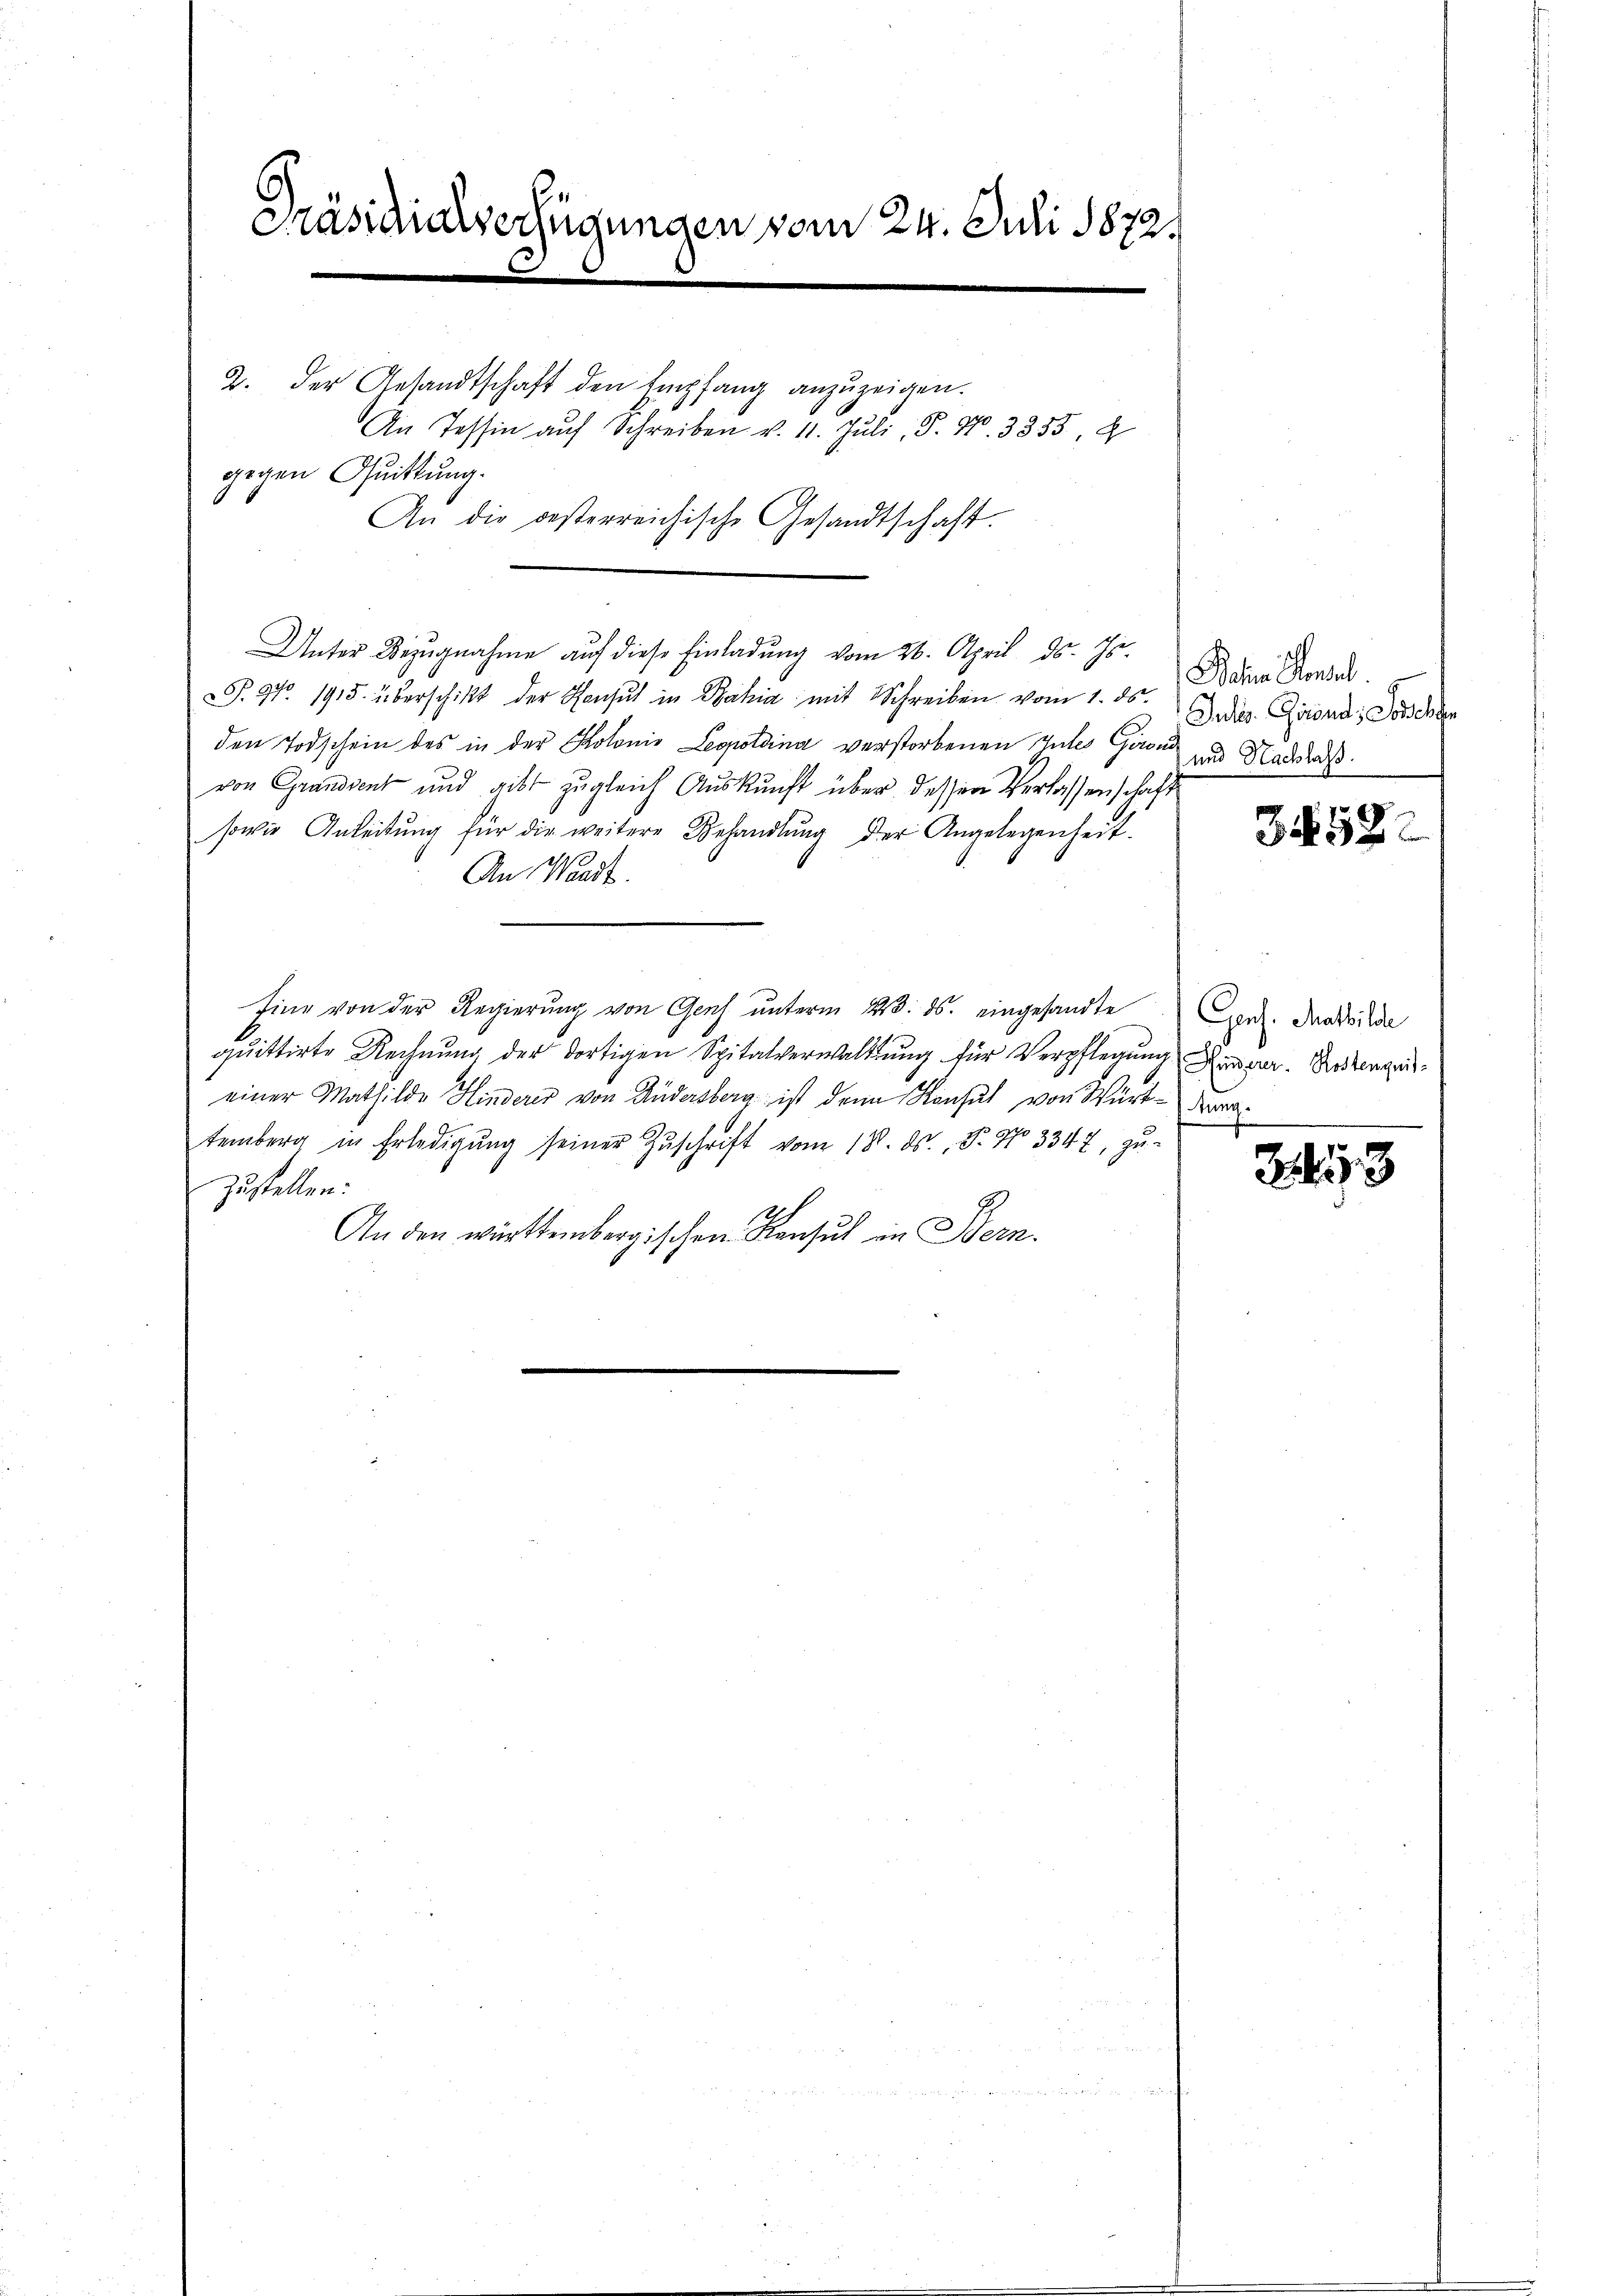
2. der Gesandtschaft den Empfang anzuzeigen.
An Tessin auf Schreiben v. 11. Juli, P. Nr. 3355, 2
gegen Quittung.
An die besterreichische Gesandtschaft.

Präsidialverfügungen vom 24. Juli 1872.

Unter Bezugnahme auf diese Einladung vom 26. April d. Js.
. 9. 1915. überschikt der Konsul in Bahia mit Schreiben vom 1. der Bahia Konsu
den Todschein des in der Kolonio Leopoldina verstorbenen Zutes Garn und Nadas
von Grandvent und gibt zugleich Auskunft über dessen Verlassenschaft
sowie Anleitŭng für die weitere Behandlŭng der Angelegenheit.
e
An Waadt
Eine von der Regierung von Genf unterm 23. ds. eingesandte
quittirte Rechnung der dortigen Spitalverwaltung für Verpflegung Reg. Rosengeeiner Mathilde Hinderer von Andersberg ist denn Konsul von Würt-Krantemberg in Erledigŭng seiner Zŭschrift vom 18. ds. 8. No 3347, zŭ-
zustellen:
An den württembergischen Konsul in Bern.

Julis Chörend, Lorchen

3458

Gens. Mathilde

243